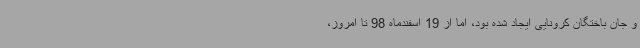
و جان باختگان کرونایی ایجاد شده بود، اما از 19 اسفندماه 98 تا امروز،